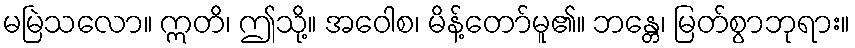
မမြဲသလော။ ဣတိ၊ ဤသို့။ အဝေါစ၊ မိန့်တော်မူ၏။ ဘန္တေ၊ မြတ်စွာဘုရား။